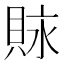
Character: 𧵾